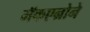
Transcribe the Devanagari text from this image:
मॅकएन्रोने